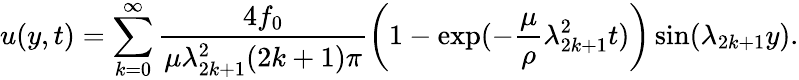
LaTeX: u(y,t)=\sum_{k=0}^{\infty}\frac{4f_{0}}{\mu\lambda_{2k+1}^{2}(2k+1)\pi}\left(1-\exp(-\frac{\mu}{\rho}\lambda_{2k+1}^{2}t)\right)\sin(\lambda_{2k+1}y).